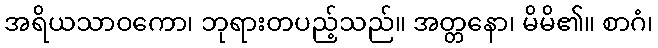
အရိယသာဝကော၊ ဘုရားတပည့်သည်။ အတ္တနော၊ မိမိ၏။ စာဂံ၊